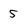
Character: 5